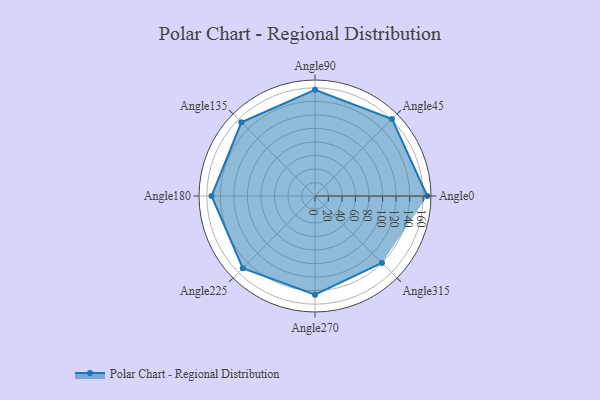
{"axis": {"x": "Angle", "y": "Radius"}, "legend": [""], "data": [{"x": "Angle0", "y": 166.0, "type": ""}, {"x": "Angle45", "y": 161.0, "type": ""}, {"x": "Angle90", "y": 157.0, "type": ""}, {"x": "Angle135", "y": 154.0, "type": ""}, {"x": "Angle180", "y": 153.0, "type": ""}, {"x": "Angle225", "y": 151.0, "type": ""}, {"x": "Angle270", "y": 146.0, "type": ""}, {"x": "Angle315", "y": 140.0, "type": ""}]}